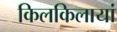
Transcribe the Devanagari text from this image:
किलकिलायां